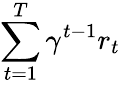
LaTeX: \sum_{t=1}^{T}\gamma^{t-1}r_{t}